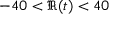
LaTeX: - 4 0 < \Re ( t ) < 4 0